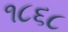
૧૮૬૮